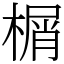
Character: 榍